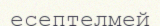
есептелмей